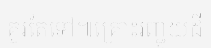
គួរតែទៅ៕គ្រោះរញ្ជួយដី